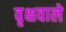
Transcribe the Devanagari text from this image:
वृक्षवाले